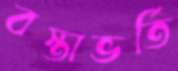
বস্তাভর্তি